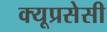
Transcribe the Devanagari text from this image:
क्यूप्रसेसी